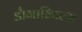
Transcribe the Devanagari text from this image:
डौगाव्पिल्स